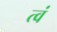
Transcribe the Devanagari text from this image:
त्वं